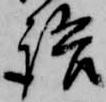
語